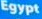
Egypt